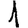
Digit: 1